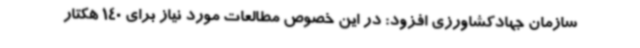
سازمان جهادکشاورزی افزود: در این خصوص مطالعات مورد نیاز برای 140 هکتار